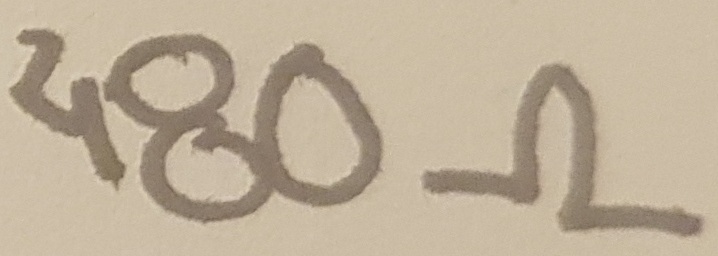
Text: 480Ω